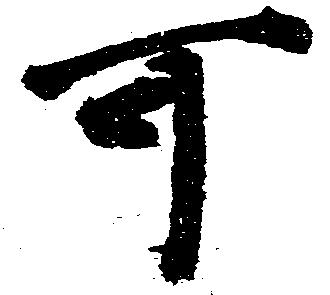
可